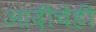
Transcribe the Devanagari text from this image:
आदींचेही